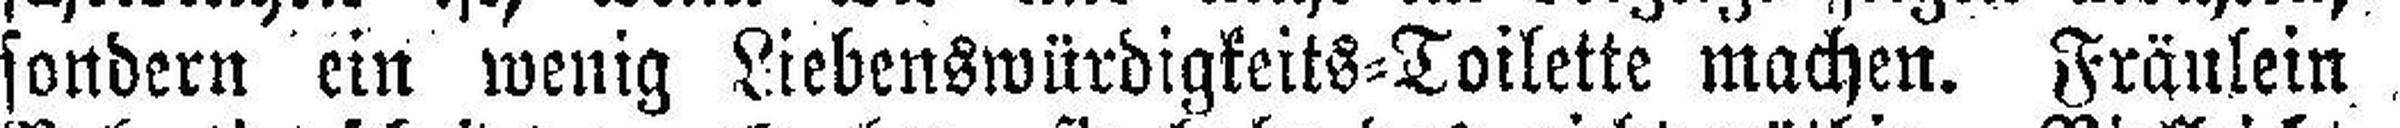
sondern ein wenig Liebenswürdigkeits=Toilette machen. Fräulein,